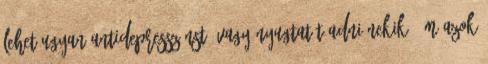
lehet ugyan antidepresszánst, vagy nyugtatót adni nekik, ám azok